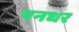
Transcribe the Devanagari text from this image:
पनधर